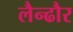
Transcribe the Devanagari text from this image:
लैन्ढौर